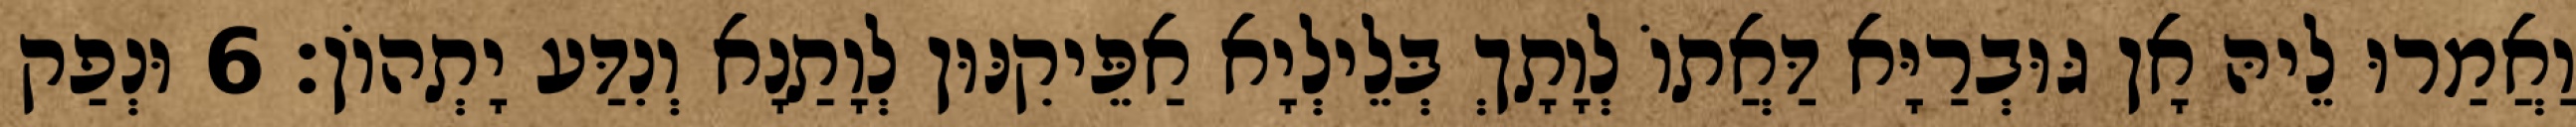
וַאֲמַרוּ לֵיהּ אָן גּוּבְרַיָּא דַּאֲתוֹ לְוָתָךְ בְּלֵילְיָא אַפֵּיקִנּוּן לְוָתַנָא וְנִדַּע יָתְהוֹן׃ 6 וּנְפַק